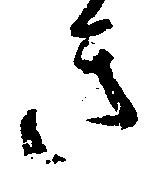
き